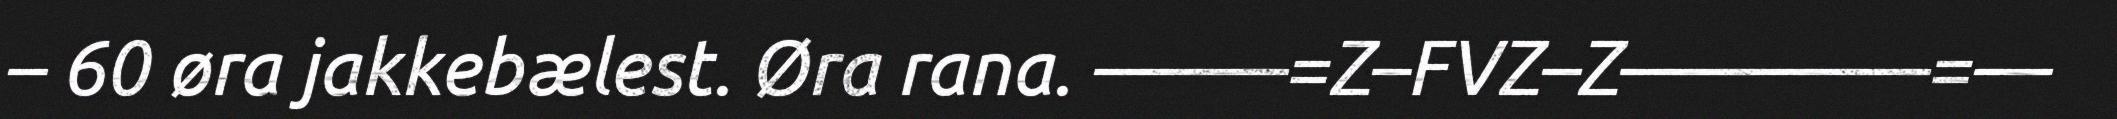
– 60 øra jakkebælest. Øra rana. –––––=Z–FVZ–Z––––––––=––